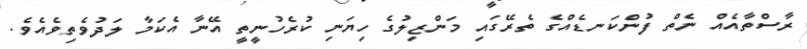
ރާސްތާއެއް ނެތް ފުންކަނޑެއްގެ ތެރޭގައި މަންޒިލުގެ ހިޔަނި ކުރެހުނީތީ އޭނާ އެކަމާ ލަދުވެތިވެއެވެ.